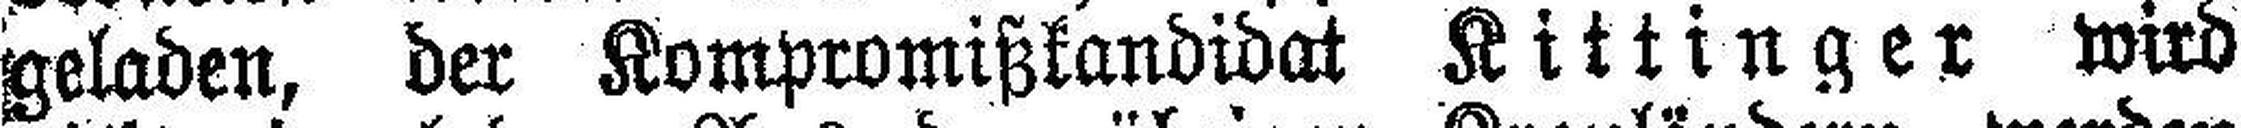
geladen, der Kompromißkandidat Kittinger wird